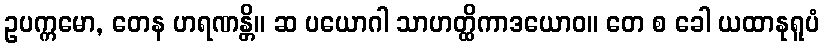
ဥပက္ကမော, တေန ဟရဏန္တိ။ ဆ ပယောဂါ သာဟတ္ထိကာဒယောဝ။ တေ စ ခေါ ယထာနုရူပံ